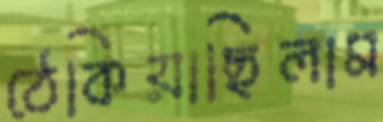
ঠেকিয়াছিলাম